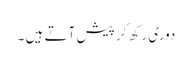
دوری رکھ کر پیش آتے ہیں ۔